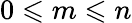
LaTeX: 0\leqslant m\leqslant n